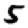
Digit: 5